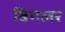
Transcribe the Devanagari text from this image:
बिगलर